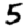
Digit: 5